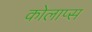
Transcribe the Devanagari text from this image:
कोलाप्स